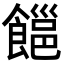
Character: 𩝹